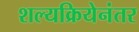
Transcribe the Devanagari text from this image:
शल्यक्रियेनंतर